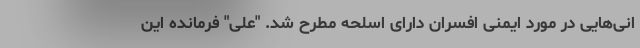
انی‌هایی در مورد ایمنی افسران دارای اسلحه مطرح شد. "علی" فرمانده این